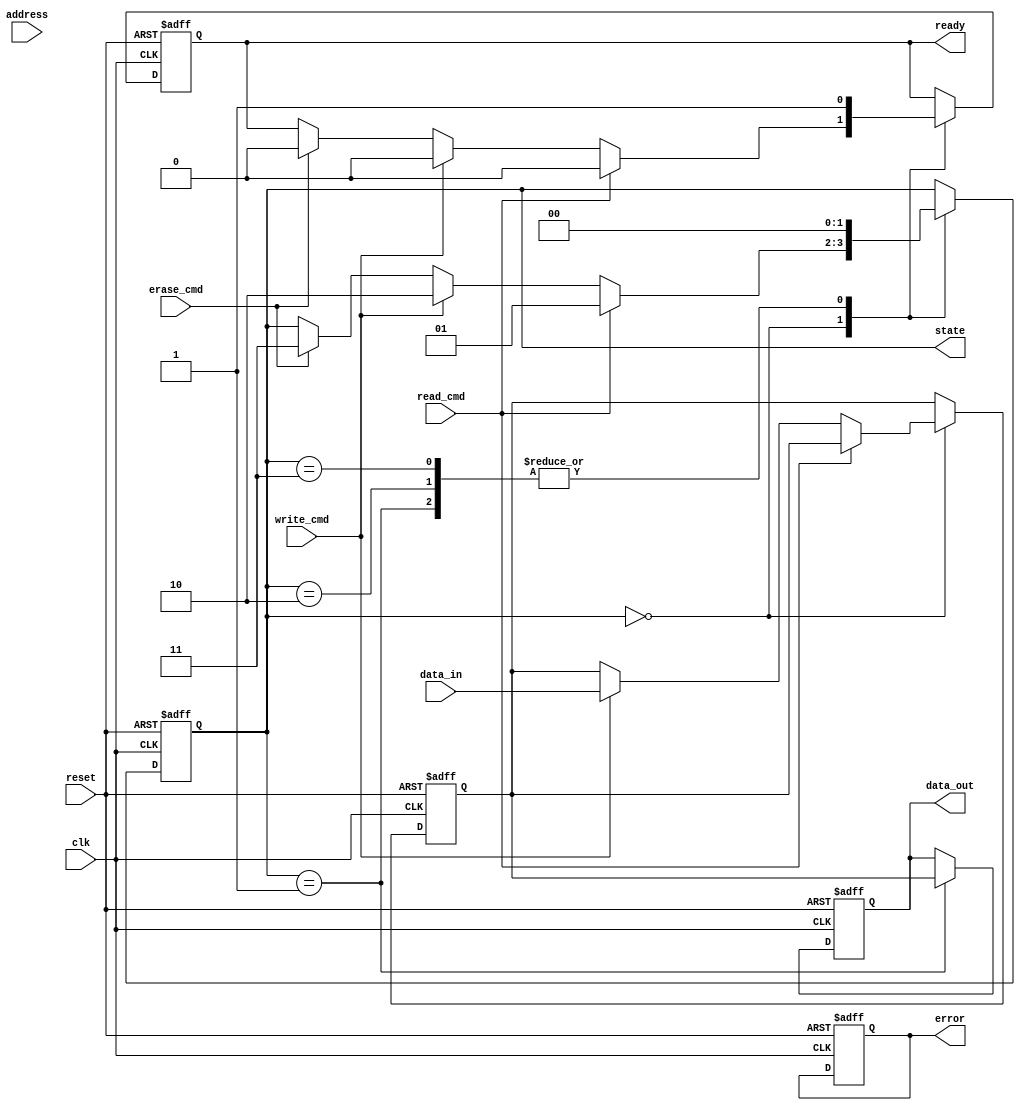
module qlc_nand_io_block #(
    parameter DATA_WIDTH = 32,
    parameter ADDR_WIDTH = 16
)(
    input wire clk,
    input wire reset,
    input wire [DATA_WIDTH-1:0] data_in,
    output reg [DATA_WIDTH-1:0] data_out,
    input wire [ADDR_WIDTH-1:0] address,
    input wire read_cmd,
    input wire write_cmd,
    input wire erase_cmd,
    output reg ready,
    output reg error,
    output reg [1:0] state // 00: Idle, 01: Read, 10: Write, 11: Erase
);

    // State encoding
    localparam IDLE = 2'b00;
    localparam READ = 2'b01;
    localparam WRITE = 2'b10;
    localparam ERASE = 2'b11;

    // Internal signals
    reg [DATA_WIDTH-1:0] data_buffer;
    reg [ADDR_WIDTH-1:0] current_address;

    // State machine
    always @(posedge clk or posedge reset) begin
        if (reset) begin
            state <= IDLE;
            ready <= 1'b1;
            error <= 1'b0;
            data_out <= 0;
            data_buffer <= 0;
            current_address <= 0;
        end else begin
            case (state)
                IDLE: begin
                    if (read_cmd) begin
                        state <= READ;
                        ready <= 1'b0;
                    end else if (write_cmd) begin
                        state <= WRITE;
                        ready <= 1'b0;
                        data_buffer <= data_in; // Buffer data for writing
                    end else if (erase_cmd) begin
                        state <= ERASE;
                        ready <= 1'b0;
                    end
                end

                READ: begin
                    // Simulate read operation (replace with actual memory access)
                    data_out <= data_buffer; // For simulation, output buffered data
                    state <= IDLE; // Transition back to IDLE after read
                    ready <= 1'b1;
                end

                WRITE: begin
                    // Simulate write operation (replace with actual memory access)
                    // Here you would typically write data_buffer to the memory
                    state <= IDLE; // Transition back to IDLE after write
                    ready <= 1'b1;
                end

                ERASE: begin
                    // Simulate erase operation (replace with actual memory access)
                    // Here you would typically erase the specified block
                    state <= IDLE; // Transition back to IDLE after erase
                    ready <= 1'b1;
                end

                default: begin
                    state <= IDLE;
                end
            endcase
        end
    end

endmodule